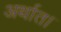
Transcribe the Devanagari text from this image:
अर्थात।